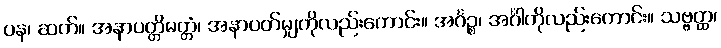
ပန၊ ဆက်။ အနာပတ္တိမတ္တံ၊ အနာပတ်မျှကိုလည်းကောင်း။ အင်္ဂဉ္စ၊ အင်္ဂါကိုလည်းကောင်း။ သဗ္ဗတ္ထ၊